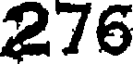
276